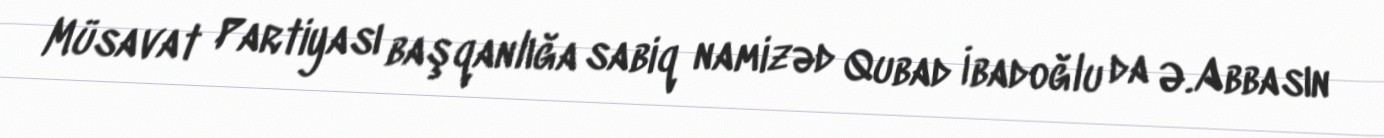
Müsavat Partiyası başqanlığa sabiq namizəd Qubad İbadoğlu da Ə.Abbasın